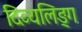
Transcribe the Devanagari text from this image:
दिव्यलिङ्ग